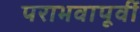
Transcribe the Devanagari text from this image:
पराभवापूर्वी